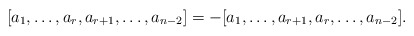
\begin{align*}[a_1,\ldots,a_{r},a_{r+1},\ldots,a_{n-2}]=-[a_1,\ldots,a_{r+1},a_{r},\ldots,a_{n-2}].\end{align*}